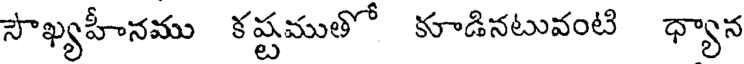
సౌఖ్యహీనము కష్టముతో కూడినటువంటి ధ్యాన